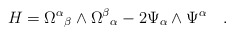
\begin{align*} H={\Omega^\alpha}_\beta \wedge{\Omega^\beta}_\alpha-2 \Psi_\alpha \wedge\Psi^\alpha \quad.\end{align*}